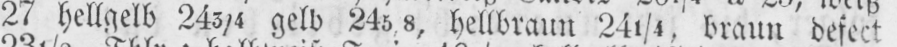
27 hellgelb 243/4 gelb 245/8, hellbraun 241/4, braun defect